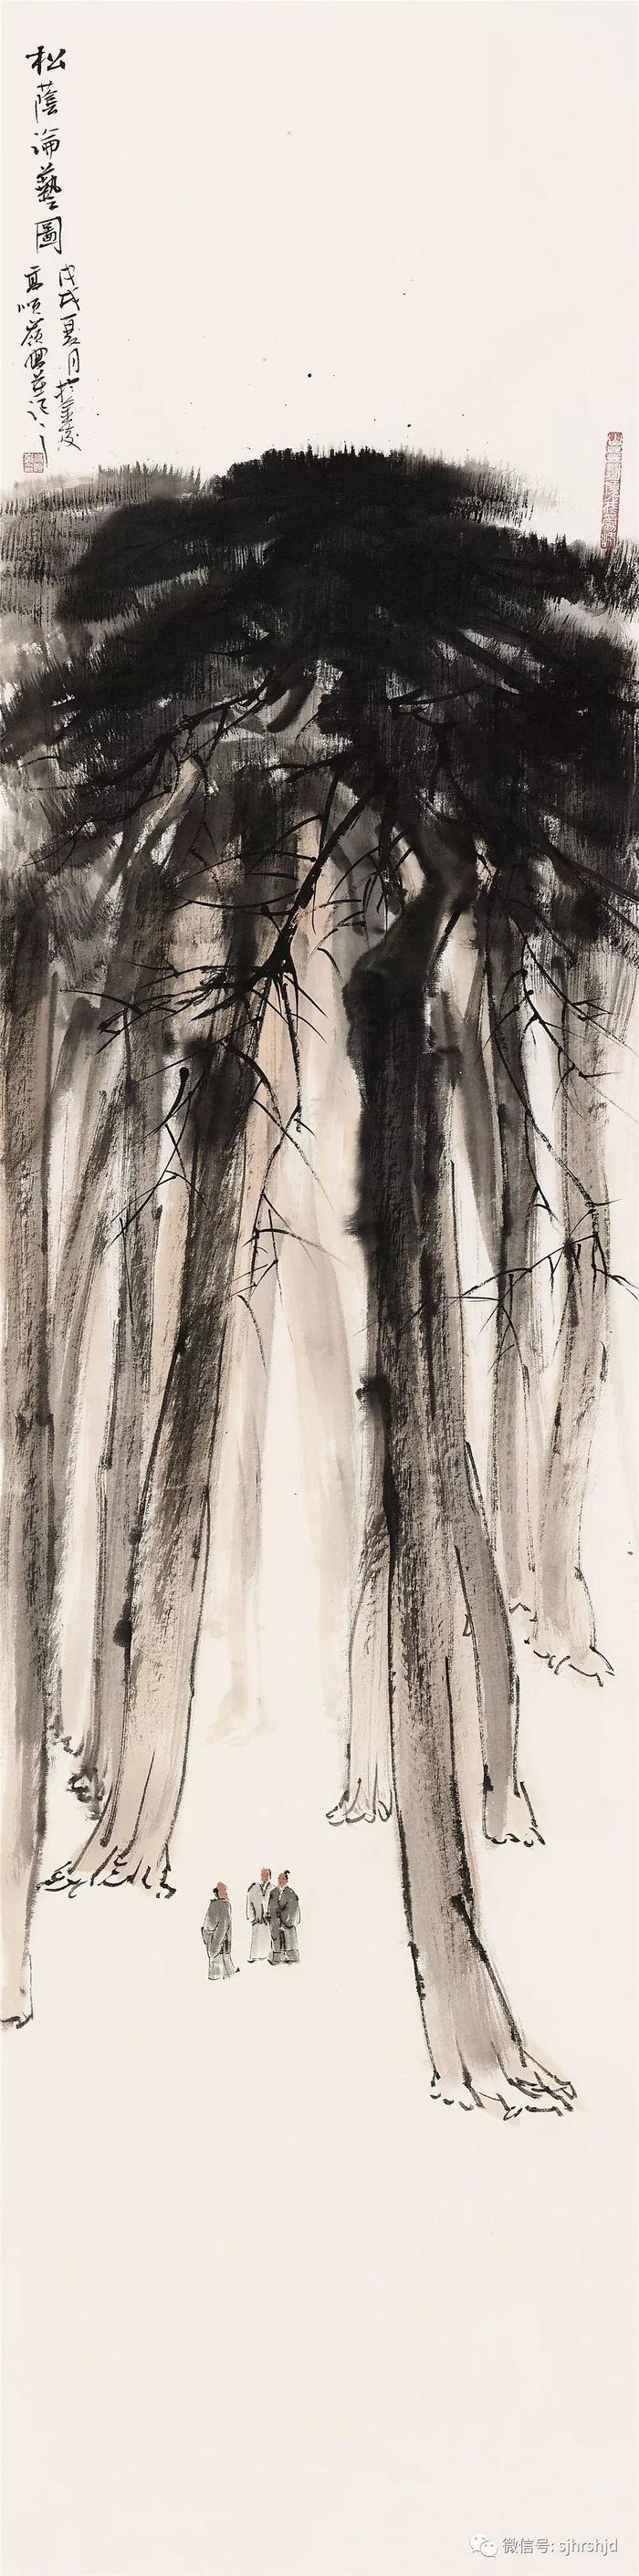
白露横江，水光接天。